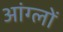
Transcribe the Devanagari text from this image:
आंग्लों